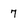
Character: 7